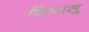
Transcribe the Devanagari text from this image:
कियालू